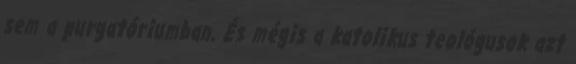
sem a purgatóriumban. És mégis a katolikus teológusok azt